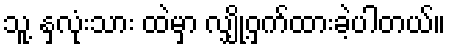
သူ့ နှလုံးသား ထဲမှာ လျှို့ဝှက်ထားခဲ့ပါတယ်။